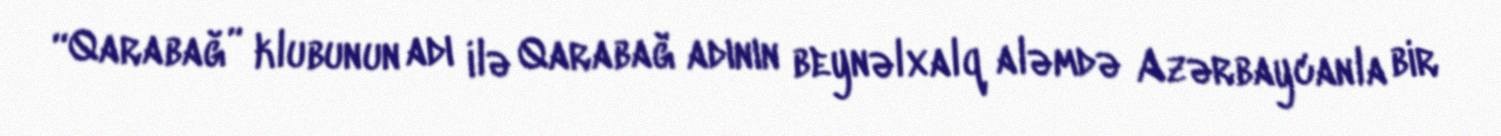
“Qarabağ” klubunun adı ilə Qarabağ adının beynəlxalq aləmdə Azərbaycanla bir